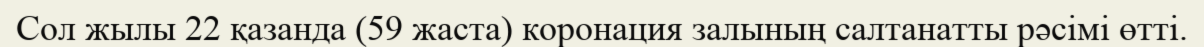
Сол жылы 22 қазанда (59 жаста) коронация залының салтанатты рәсімі өтті.